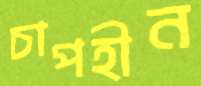
চাপহীন